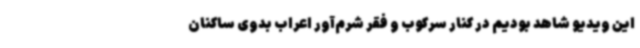
این ویدیو شاهد بودیم در کنار سرکوب و فقر شرم‌آور اعراب بدوی ساکنان